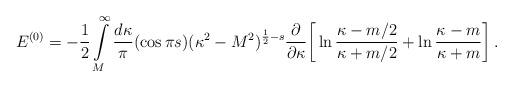
LaTeX: \begin{align*}E^{(0)}=-\frac 12\int\limits_{M}^{\infty}\frac{d\kappa}{\pi}(\cos\pi s)(\kappa^{2}-M^{2})^{\frac 1 2-s}\frac{\partial}{\partial\kappa} \bigg{[}\ln\frac{\kappa-m/2}{\kappa+m/2}+\ln \frac{\kappa-m}{\kappa+m}\bigg{]} \,.\end{align*}